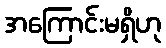
အကြောင်းမရှိဟု